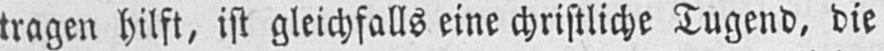
tragen hilft, ist gleichfalls eine christliche Tugend, die